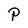
Character: P